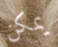
يمكن